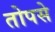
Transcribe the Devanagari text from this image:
तोपसे